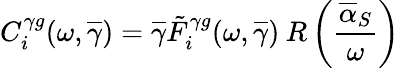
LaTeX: C_{i}^{\gamma g}(\omega,\overline{{{\gamma}}})=\overline{{{\gamma}}}\tilde{F}_{i}^{\gamma g}(\omega,\overline{{{\gamma}}})\: R\left(\frac{\overline{{{\alpha}}}_{S}}{\omega}\right)